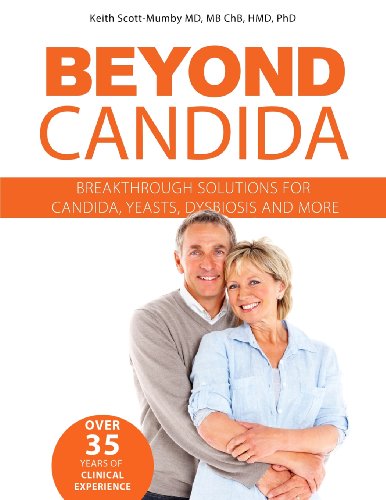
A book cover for Beyond Candida: Breakthrough Solutions for Candida, Yeasts, Dysbiosis and More; Keith Scott-Mumby; Health, Fitness & Dieting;